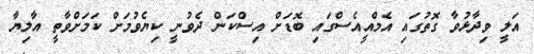
އަލީ ވިދާޅުވާ ގޮތުގައި އެމްއީއެސްގައި ބޮޑަށް އިސްކަން ދެވުނީ ކިޔެވުމަށް ކަމަށްވާތީ އާލިޔާ